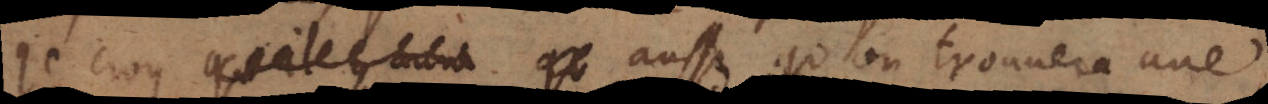
Je croy aussi qu’on trouvera une